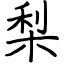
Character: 梨